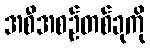
အစီအစဉ်တစ်ခုကို